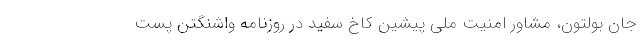
جان بولتون، مشاور امنیت ملی پیشین کاخ سفید در روزنامه واشنگتن پست